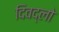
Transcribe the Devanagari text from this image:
दिवद्लो